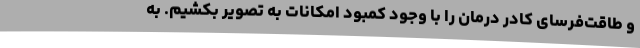
و طاقت‌فرسای کادر درمان را با وجود کمبود امکانات به تصویر بکشیم. به